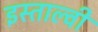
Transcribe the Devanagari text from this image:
इस्ताल्वी